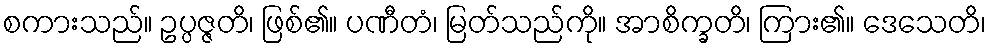
စကားသည်။ ဥပ္ပဇ္ဇတိ၊ ဖြစ်၏။ ပဏီတံ၊ မြတ်သည်ကို။ အာစိက္ခတိ၊ ကြား၏။ ဒေသေတိ၊